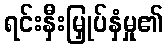
ရင်းနှီးမြှုပ်နှံမှု၏